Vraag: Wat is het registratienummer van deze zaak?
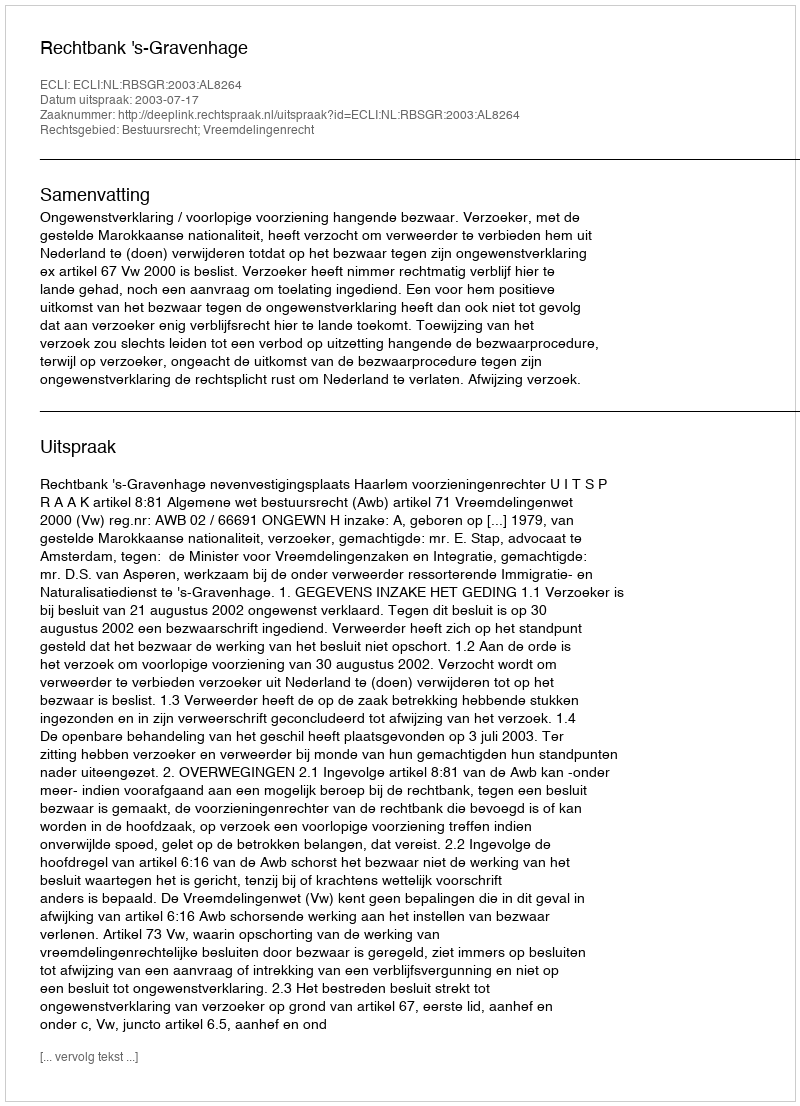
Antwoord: http://deeplink.rechtspraak.nl/uitspraak?id=ECLI:NL:RBSGR:2003:AL8264